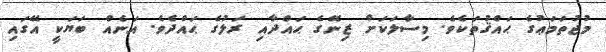
މުޖުތަމަޢުގެ ޙައްޤުތަކެވެ. މިސާލަކަށް ޒިނޭގެ ޙައްދާއި ރަލުގެ ޙައްދެވެ. އަނެއް ބަޔަކީ އޭގައި